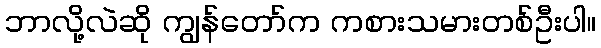
ဘာလို့လဲဆို ကျွန်တော်က ကစားသမားတစ်ဦးပါ။